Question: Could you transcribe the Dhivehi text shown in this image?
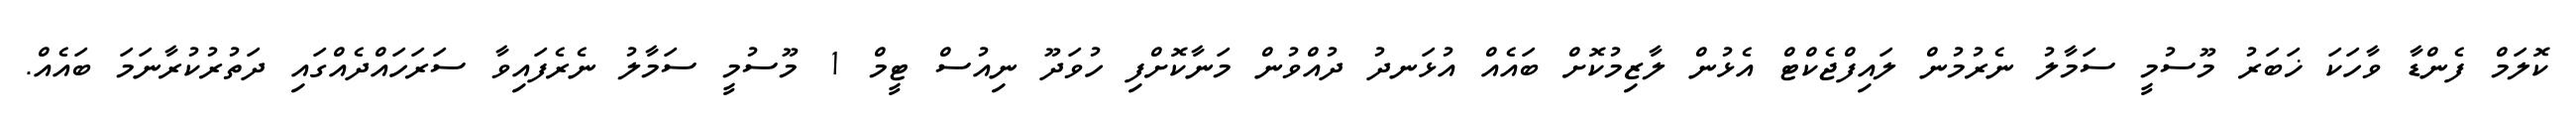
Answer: ކޮލަމް ފެންޑާ ވާހަކަ ޚަބަރު މޫސުމީ ސަމާލު ނެރުމުން ލައިފްޖެކްޓް އެޅުން ލާޒިމުކޮށް ބައެއް އުޅަނދު ދުއްވުން މަނާކޮށްފި ހުވަދޫ ނިއުސް ޓީމް 1 މޫސުމީ ސަމާލު ނެރެފައިވާ ސަރަހައްދެއްގައި ދަތުރުކުރާނަމަ ބައެއް.